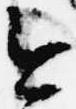
今